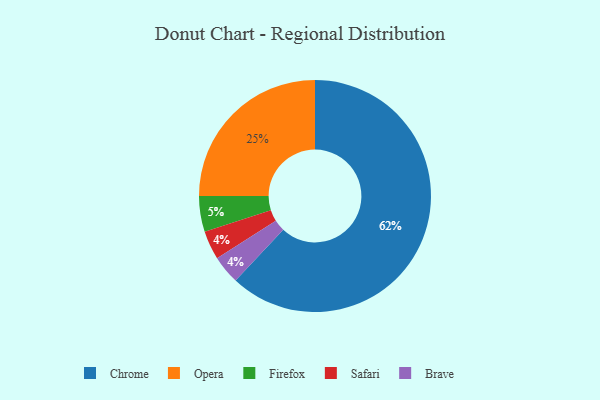
{"axis": {"x": "Category", "y": "Percentage"}, "legend": ["Brave", "Chrome", "Firefox", "Opera", "Safari"], "data": [{"x": "Chrome", "y": 62, "type": "Chrome"}, {"x": "Safari", "y": 4, "type": "Safari"}, {"x": "Firefox", "y": 5, "type": "Firefox"}, {"x": "Opera", "y": 25, "type": "Opera"}, {"x": "Brave", "y": 4, "type": "Brave"}]}